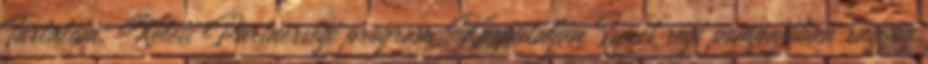
Tartalom: Keleti Partnerségi program Kárpátalján Ismét régi pompájában ragyog